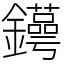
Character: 𨯫